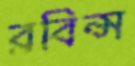
রবিন্স